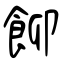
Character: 飹